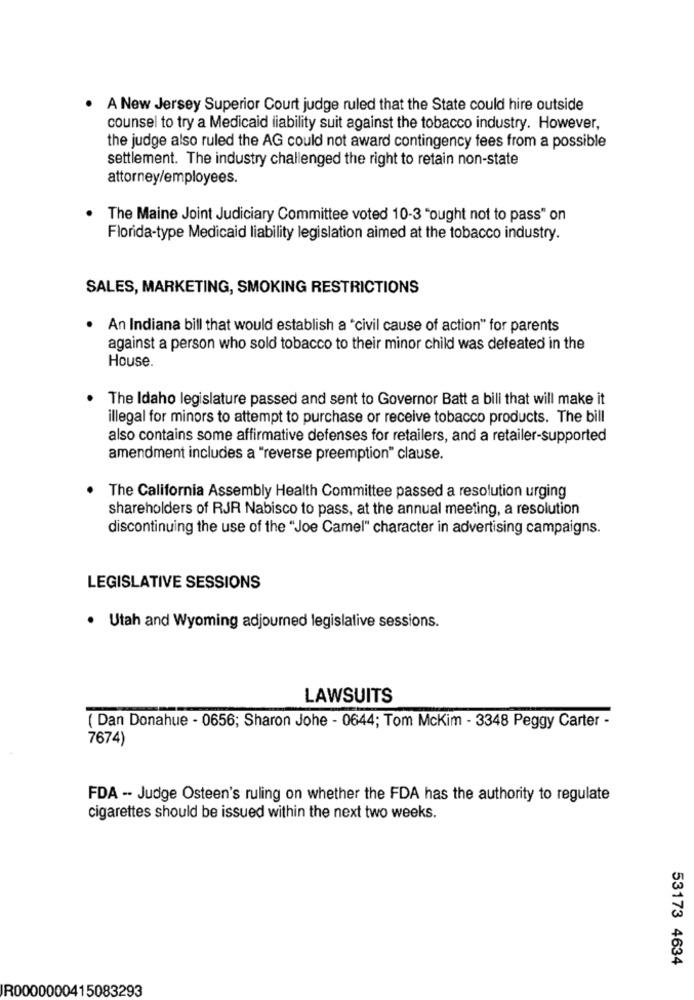
A New Jersey Superior Court judge ruled that the State could hire outside
counsel to try a Medicaid liability suit against the tobacco industry. However,
the judge also ruled the AG could not award contingency fees from a possible
settlement. The industry challenged the right to retain non-state
attorney/employees.
The Maine Joint Judiciary Committee voted 10-3 "ought not to pass" on
Florida-type Medicaid liability legislation aimed at the tobacco industry.
SALES, MARKETING, SMOKING RESTRICTIONS
An Indiana bill that would establish a 'civil cause of action" for parents
against a person who sold tobacco to their minor child was defeated in the
House.
The Idaho legislature passed and sent to Governor Batt a bill that will make it
illegal for minors to attempt to purchase or receive tobacco products. The bill
also contains some affirmative defenses for retailers, and a retailer-supported
amendment includes a "reverse preemption" clause.
The California Assembly Health Committee passed a resolution urging
shareholders of RJR Nabisco to pass, at the annual meeting, a resolution
discontinuing the use of the "Joe Camel" character in advertising campaigns.
LEGISLATIVE SESSIONS
· Utah and Wyoming adjourned legislative sessions.
LAWSUITS
( Dan Donahue - 0656; Sharon Johe - 0644; Tom McKim - 3348 Peggy Carter -
7674)
FDA -- Judge Osteen's ruling on whether the FDA has the authority to regulate
cigarettes should be issued within the next two weeks.
53173 4634
R0000000415083293